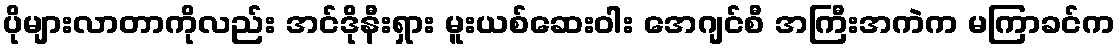
ပိုများလာတာကိုလည်း အင်ဒိုနီးရှား မူးယစ်ဆေးဝါး အေဂျင်စီ အကြီးအကဲက မကြာခင်က